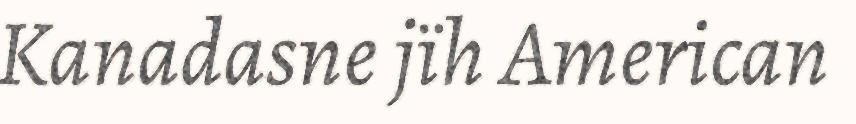
Kanadasne jïh American